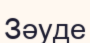
Зәуде